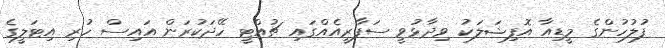
ފުލުހުންގެ މީޑިއާ އޮފިޝަލަކު ވިދާޅުވީ ސަފާރީއެއްގައި ޗުއްޓީ ހޭދަކުރަން އައިސް ހުރި އިޓަލީގެ